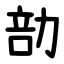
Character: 勏